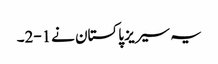
یہ سیریز پاکستان نے1-2۔